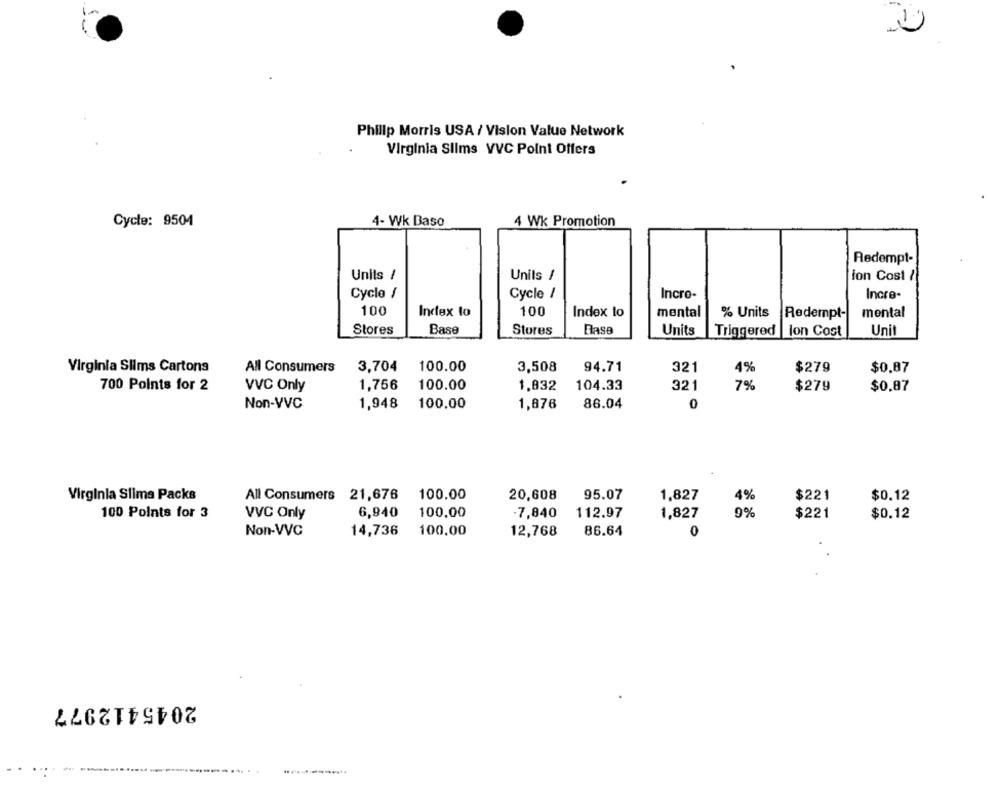
Philip Morris USA / Vision Value Network
Virginia Slims VVC Point Offers
Cycle: 9504
4- Wk Baso
4 Wk Promotion
Redempt-
Units /
Unils /
ion Cost /
Cycle 1
Cycle /
Incro-
Incre-
100
Index to
100
Index to
mental
% Units
Redempt-
mental
Stores
Base
Stores
Base
Units
Triggered |lon Cost
Unit
Virginia Slims Cartons
All Consumers
3,704
100.00
3,508
94.71
32
4%
$279
$0.87
700 Points for 2
VVC Only
1,756
100.00
1,832
104.33
321
7%
$279
$0.87
100.00
86.04
0
Non-VVC
1,948
1,876
Virginia Slima Packs
All Consumers 21,676
100.00
20,608
95.07
1,827
4%
$221
$0.12
100 Points for 3
VVC Only
6,940
100.00
-7,840
112.97
1,827
9%
$221
$0.12
Non-VVC
14,736
100.00
12,768
86.64
0
2045412977